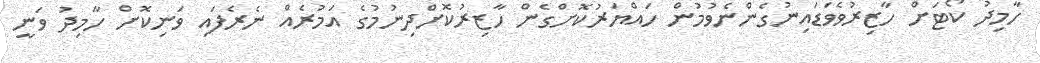
ހާމިދު ކޯޓަށް ހާޒިރުވެވަޑައިނުގެންނެވުމުން ހައްޔަރުކޮށްގެން ހާޒިރުކޮށްދިނުމުގެ އަމުރެއް ނެރެފައި ވަނިކޮށް ހާމިދު ވަނީ